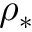
\rho _ { \ast }